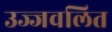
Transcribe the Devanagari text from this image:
उज्जवलित